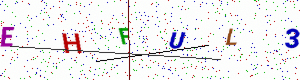
Text: EHFUL3